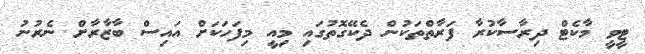
ޓީވީ މާކެޓް ދިރާސާކުރާ ފަރާތްތަކުން ދެކޭގޮތުގައި މިއީ މިފަހަކަށް އައިސް ބާޒާރާށް ނެރުނު